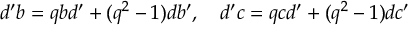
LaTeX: d ^ { \prime } b = q b d ^ { \prime } + ( q ^ { 2 } - 1 ) d b ^ { \prime } , \quad d ^ { \prime } c = q c d ^ { \prime } + ( q ^ { 2 } - 1 ) d c ^ { \prime }